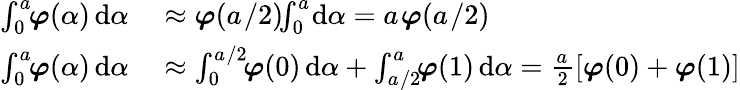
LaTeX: \begin{array}{rl}{\int_{0}^{a_{}}\! \! \boldsymbol{\varphi}(\alpha{})\, \mathrm{d}\alpha{}}&{{}\approx\boldsymbol{\varphi}(a_{}/2)\! \! \int_{0}^{a_{}}\! \mathrm{d}\alpha{}=a_{}\boldsymbol{\varphi}(a_{}/2)}\\ {\int_{0}^{a_{}}\! \! \boldsymbol{\varphi}(\alpha{})\, \mathrm{d}\alpha{}}&{{}\approx\int_{0}^{a_{}/2}\! \! \boldsymbol{\varphi}(0)\, \mathrm{d}\alpha{}+\int_{a_{}/2}^{a_{}}\! \! \boldsymbol{\varphi}(1)\, \mathrm{d}\alpha{}=\frac{a_{}}{2}\left[\boldsymbol{\varphi}(0)+\boldsymbol{\varphi}(1)\right]}\end{array}